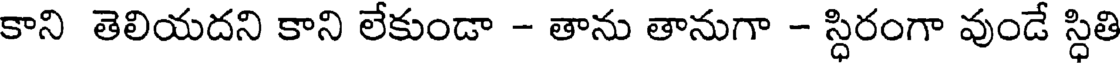
కాని తెలియదని కాని లేకుండా - తాను తానుగా - స్ధిరంగా వుండే స్ధితి